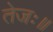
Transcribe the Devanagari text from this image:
तेजः॥